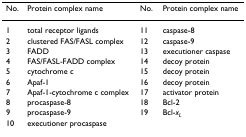
| No. | Protein complex name | No. | Protein complex name |
 | --- | --- | --- | --- |
 | 1 | total receptor ligands | 11 | caspase-8 |
 | 2 | clustered FAS/FASL complex | 12 | caspase-9 |
 | 3 | FADD | 13 | executioner caspase |
 | 4 | FAS/FASL-FADD complex | 14 | decoy protein |
 | 5 | cytochrome c | 15 | decoy protein |
 | 6 | Apaf-1 | 16 | decoy protein |
 | 7 | Apaf-1-cytochrome c complex | 17 | activator protein |
 | 8 | procaspase-8 | 18 | Bcl-2 |
 | 9 | procaspase-9 | 19 | Bcl-xL |
 | 10 | executioner procaspase |  |  |